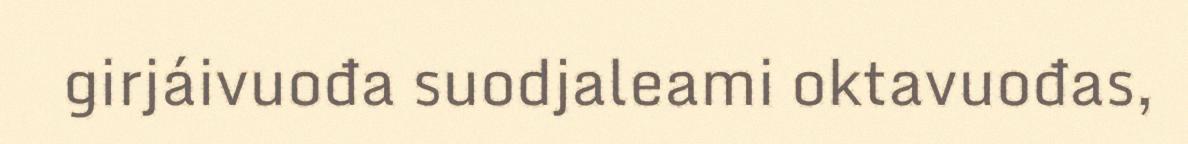
girjáivuođa suodjaleami oktavuođas,